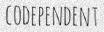
CODEPENDENT